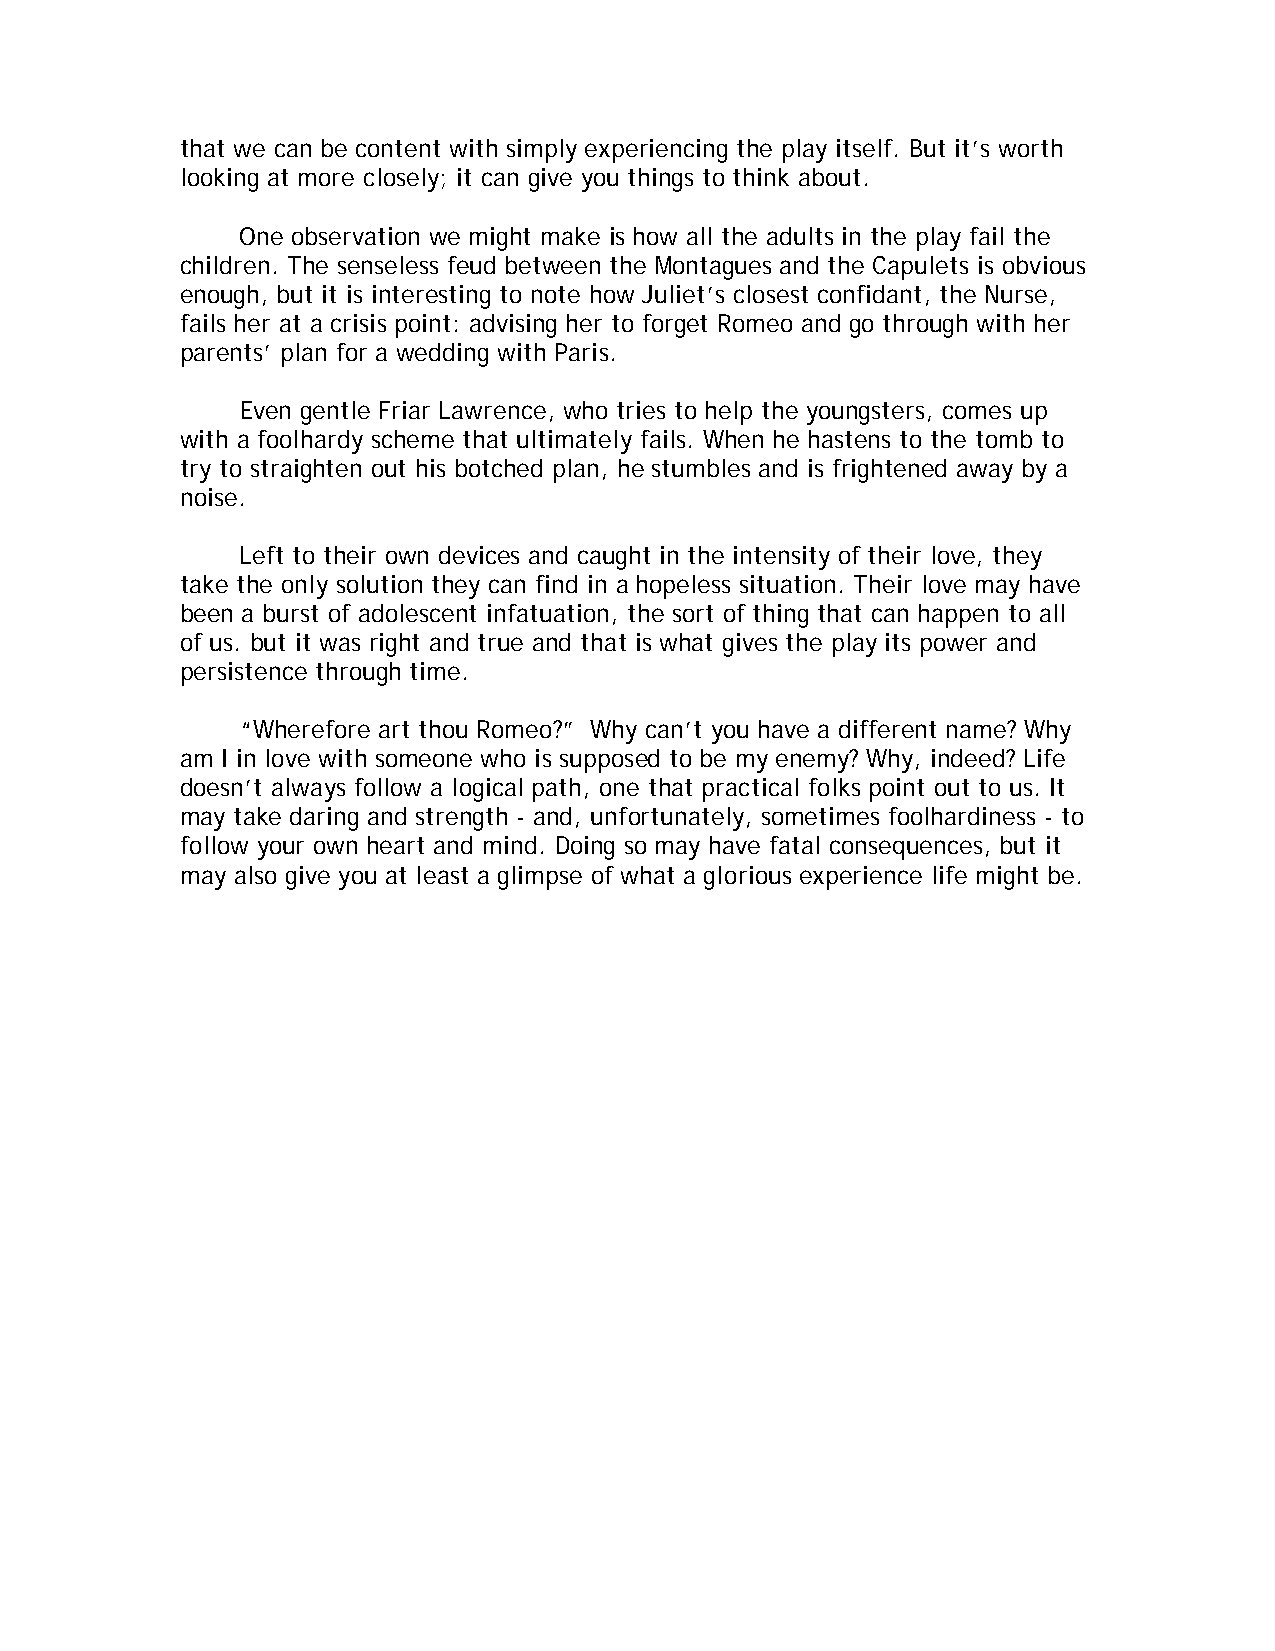
that we can be content with simply experiencing the play itself. But it’s worth
 looking at more closely; it can give you things to think about.
 One observation we might make is how all the adults in the play fail the
 children. The senseless feud between the Montagues and the Capulets is obvious
 enough, but it is interesting to note how Juliet’s closest confidant, the Nurse,
 fails her at a crisis point: advising her to forget Romeo and go through with her
 parents’ plan for a wedding with Paris.
 Even gentle Friar Lawrence, who tries to help the youngsters, comes up
 with a foolhardy scheme that ultimately fails. When he hastens to the tomb to
 try to straighten out his botched plan, he stumbles and is frightened away by a
 noise.
 Left to their own devices and caught in the intensity of their love, they
 take the only solution they can find in a hopeless situation. Their love may have
 been a burst of adolescent infatuation, the sort of thing that can happen to all
 of us. but it was right and true and that is what gives the play its power and
 persistence through time.
 “Wherefore art thou Romeo?” Why can’t you have a different name? Why
 am I in love with someone who is supposed to be my enemy? Why, indeed? Life
 doesn’t always follow a logical path, one that practical folks point out to us. It
 may take daring and strength - and, unfortunately, sometimes foolhardiness - to
 follow your own heart and mind. Doing so may have fatal consequences, but it
 may also give you at least a glimpse of what a glorious experience life might be.